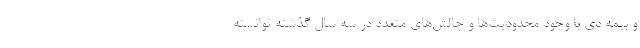
و بیمه دی با وجود محدودیت‌ها و چالش‌های متعدد در سه سال گذشته توانسته